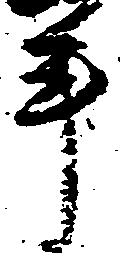
手